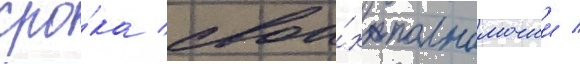
сро́ка свои́х полномочии /